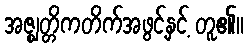
အဇ္ဈတ္တိကတိက်အဖွင့်နှင့် တူ၏။